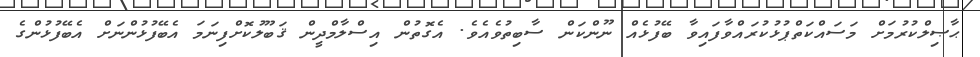
ޙާޞިލްކުރުމަށް މަސައްކަތްޕުޅުކުރައްވާފައިވާ ބޭފުޅެއް ނޫންކަން ސާބިތުވެއެވެ. އެގޮތުން އިސްލާމްދީން ޤަބޫލުކޮށްފިނަމަ އެބޭފުޅުންނަށް އެބޭފުޅުންގެ